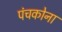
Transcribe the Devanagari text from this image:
पंचकोना